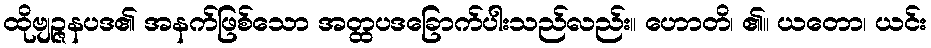
ထိုဗျဉ္ဇနပဒ၏ အနက်ဖြစ်သော အတ္ထပဒခြောက်ပါးသည်လည်း။ ဟောတိ၊ ၏။ ယတော၊ ယင်း